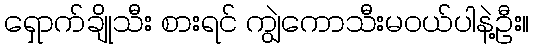
ရှောက်ချိုသီး စားရင် ကျွဲကောသီးမဝယ်ပါနဲ့ဦး။